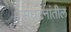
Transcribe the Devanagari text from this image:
संघटनांतील